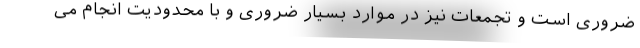
ضروری است و تجمعات نیز در موارد بسیار ضروری و با محدودیت انجام می